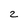
Character: 2